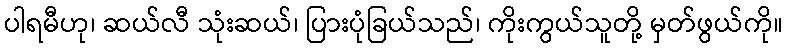
ပါရမီဟု၊ ဆယ်လီ သုံးဆယ်၊ ပြားပုံခြယ်သည်၊ ကိုးကွယ်သူတို့ မှတ်ဖွယ်ကို။